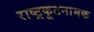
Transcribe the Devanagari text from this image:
राष्ट्रकूटनामक